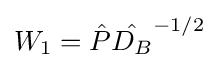
W_{1}={\hat {P}}{\hat {D_{B}}}^{-1/2}